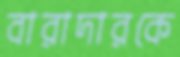
বারাদারকে